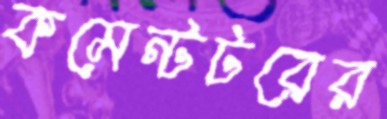
কমেন্টটরের